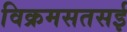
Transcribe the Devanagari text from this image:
विक्रमसतसई